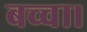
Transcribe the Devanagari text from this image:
बच्चा।